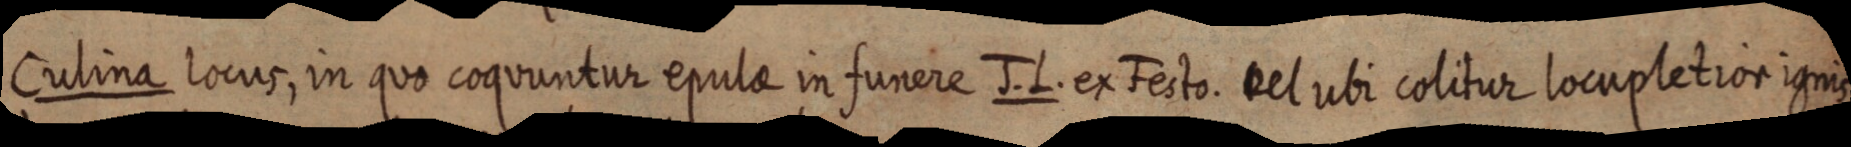
Culina locus, in quo coquuntur epulae in funere J. L. ex Festo. vel ubi colitur locupletior ignis